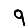
Digit: 9